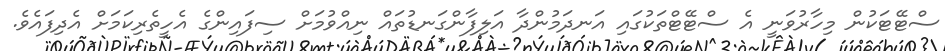
ސްޓޭޓަކުން މިހާރުވަނީ އެ ސްޓޭޓްތަކުގައި އަނދަމުންދާ އަލިފާންގަނޑުތައް ނިއްވުމަށް ސިފައިންގެ އެހީތެރިކަމަށް އެދިފައެވެ.